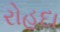
રોહદા